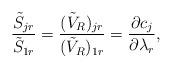
LaTeX: \begin{gather*} \frac{ \tilde{S}_{jr}}{ \tilde{S}_{1r}} =\frac{ (\tilde{V}_R)_{jr}}{(\tilde{V}_R)_{1r}}=\frac{\partial c_j}{\partial \lambda_r} , \end{gather*}